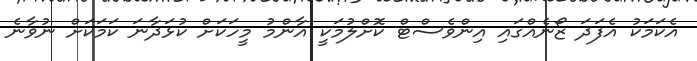
އެކަމަކު އެފަދަ ޒޯނެއްގައި އިންވެސްޓް ކޮށްލުމަކީ އާންމު މީހަކަށް ކުޅަދާނަ ކަމަކަށް ނުވާނެ